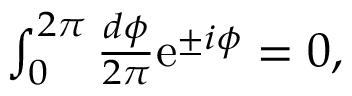
\begin{array} { r } { \int _ { 0 } ^ { 2 \pi } \frac { d \phi } { 2 \pi } \mathrm { e } ^ { \pm i \phi } = 0 , } \end{array}